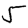
Digit: 5